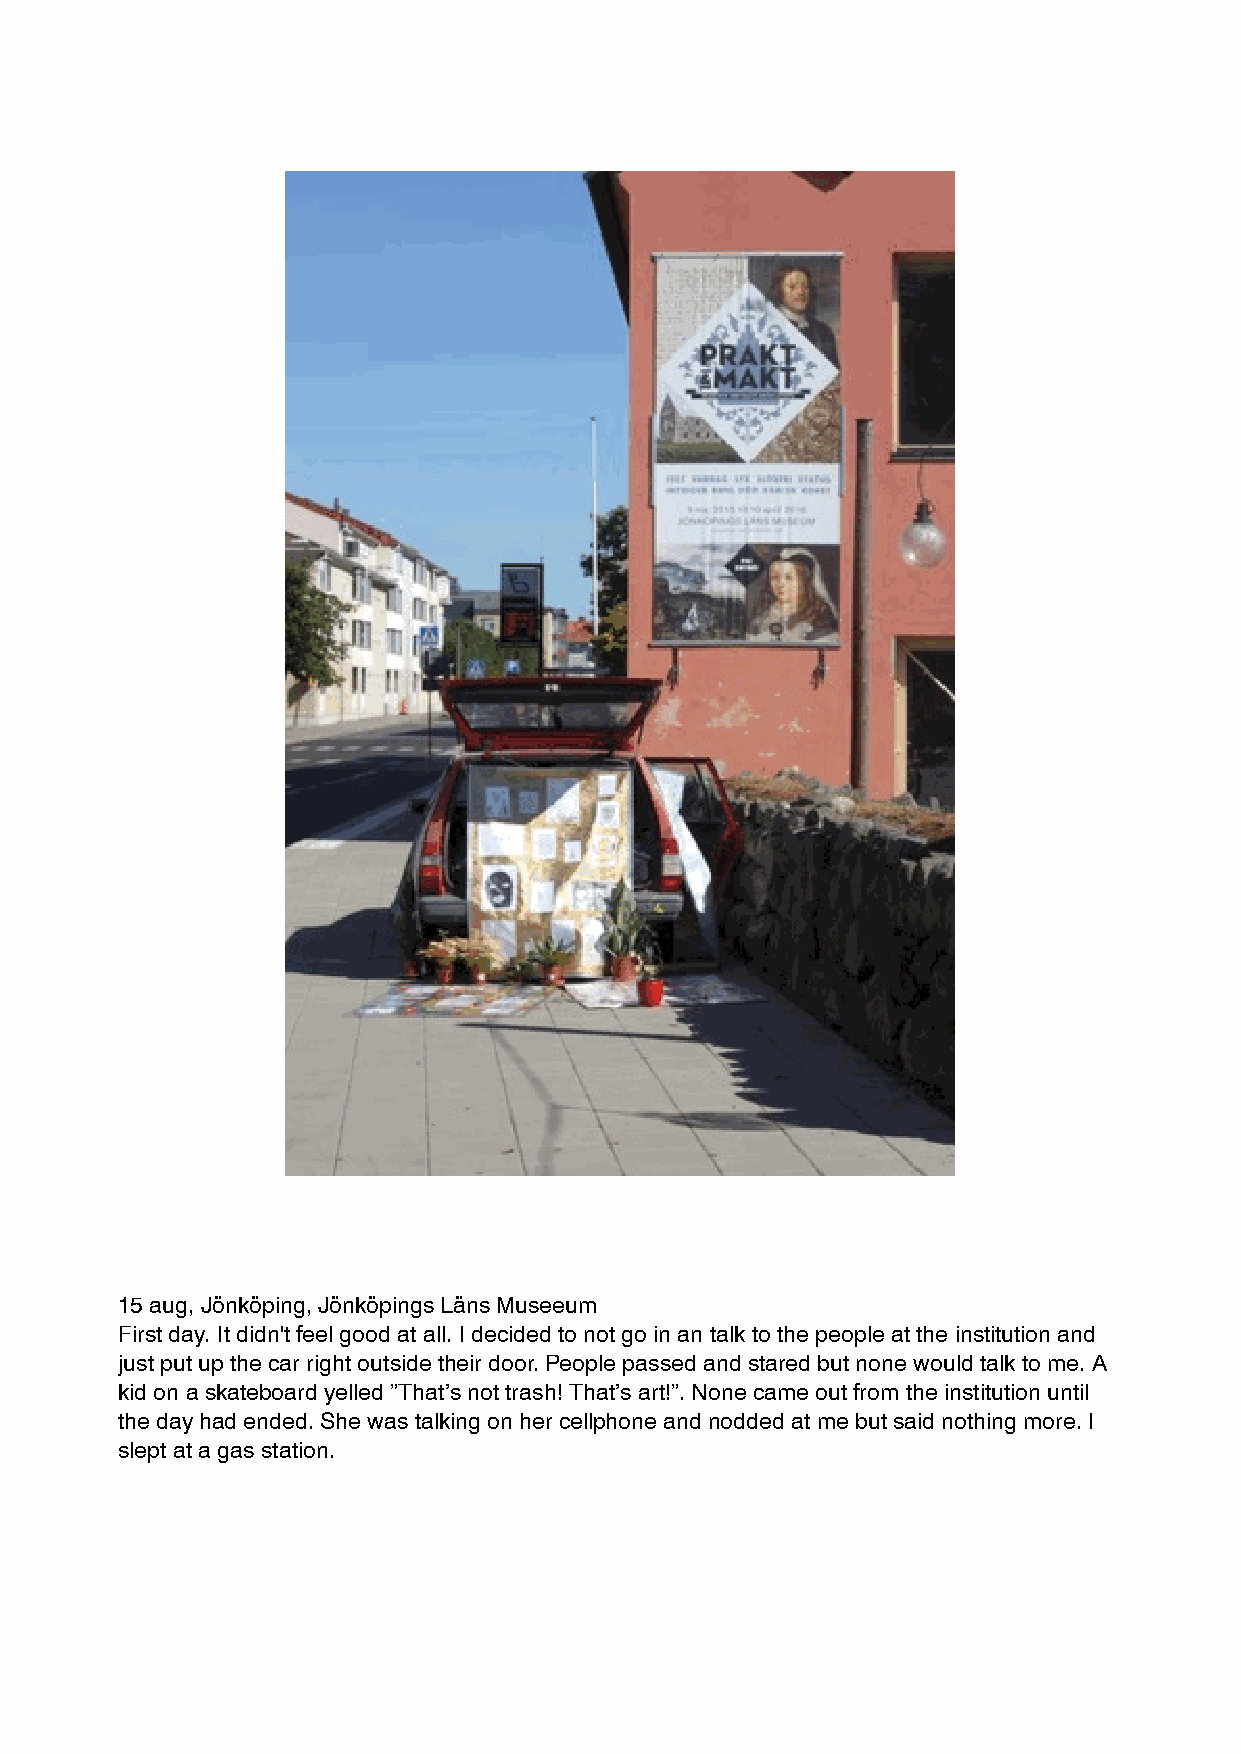
15 aug, Jönköping, Jönköpings Läns Museeum
 First day. It didn't feel good at all. I decided to not go in an talk to the people at the institution and
 just put up the car right outside their door. People passed and stared but none would talk to me. A
 kid on a skateboard yelled ”That’s not trash! That’s art!”. None came out from the institution until
 the day had ended. She was talking on her cellphone and nodded at me but said nothing more. I
 slept at a gas station.